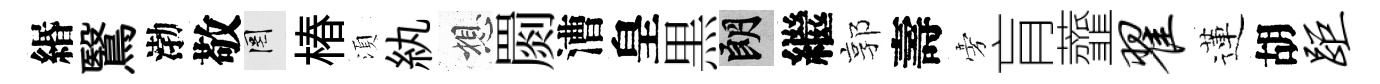
緡鷖渤敬罔椿湏紈想罽漕皇黒朗繼郭壽旁肓虀翟蓮胡距